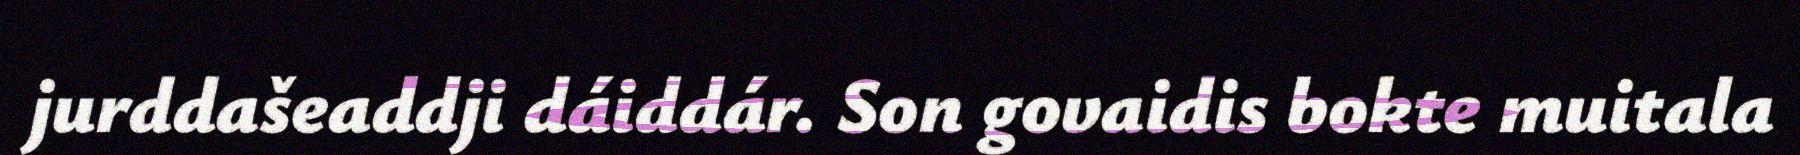
jurddašeaddji dáiddár. Son govaidis bokte muitala